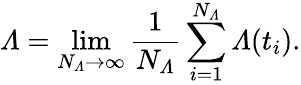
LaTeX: \varLambda=\operatorname*{lim}_{N_{\varLambda}\to\infty}\frac{1}{N_{\varLambda}}\sum_{i=1}^{N_{\varLambda}}\varLambda(t_{i}).